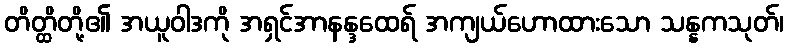
တိတ္ထိတို့၏ အယူဝါဒကို အရှင်အာနန္ဒထေရ် အကျယ်ဟောထားသော သန္နကသုတ်၊